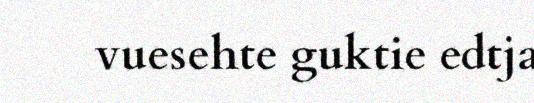
vuesehte guktie edtja